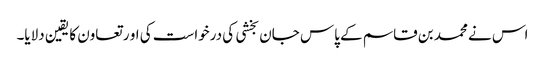
اس نے محمد بن قاسم کے پاس جان بخشی کی درخواست کی او ر تعاون کا یقین دلایا۔